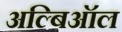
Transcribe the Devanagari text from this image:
अल्बिऑल